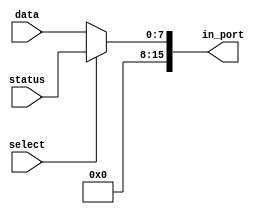
`timescale 1ns / 1ps
////////////////////////////////////////////////////////////////////////////////////
// This document contains information prorietary to the CSULB student that created
// the file -  any reuse without adequate approval and documentation is prohibited
//
// Project: Project 4 FullUART with the Tramelblaze
// Created by <Aaron Mai> on <November 11, 2020>
// Copright @ 2020 <Aaron Mai>. All rights reserved
//
//In submitting this file for class work at CSULB I am confirming 
// that this is my work product.  In the event other code sources are
// utilized I will document that code identifying the author. In  
// submitting this work I acknowledge that plagiarism in student  
// project work is subject to dismissal from the class.

/////////////////////////////////////////////////////////////////////////////////// 


module Data_Status(select,data, status,in_port);
 
    input select;
    input [7:0] data, status;
    output reg [15:0] in_port;
    
    always @ (*) begin
      if (select)
        in_port = {8'b0, status};
      else
        in_port = {8'b0, data};
    end
    
endmodule